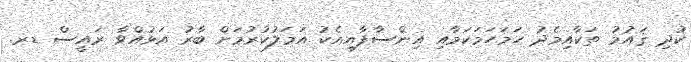
ކުދި ޤައުމު ތަކާއިމެދު ހަމަހަމަކަމާއި އިންސާފާއިއެކު އަމަލުކުރުމަށް ބާރު އަޅުއްވާ ރައީސް ޑރ.